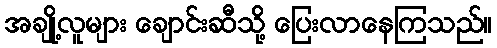
အချို့လူများ ချောင်းဆီသို့ ပြေးလာနေကြသည်။